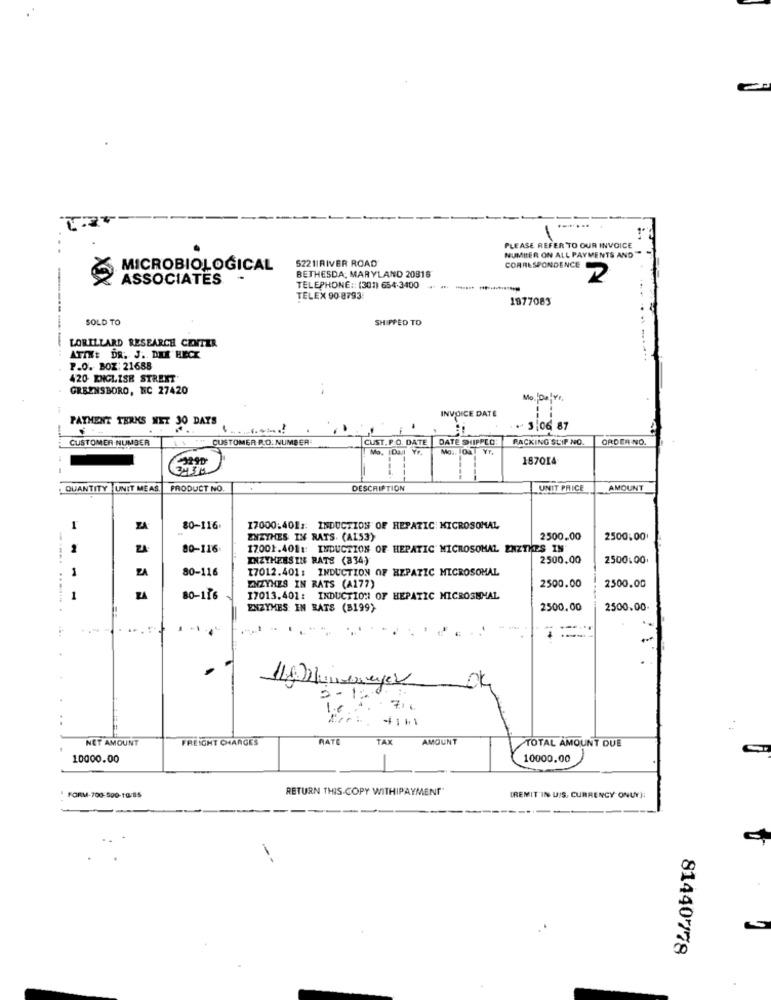
PLEASE REFER TO OUR INVOICE
5221|RIVER ROAD
NUMITER ON ALL PAYMENTS AND
MICROBIOLOGICAL
CORRESPONDENCE
XIX
ASSOCIATES
BETHESDA, MARYLAND 20816
2
TELEPHONE :: (301) 654-3400
-----
TELEX 90-8793
1877083
SOLD TO
SHIPPED TO
-----
LORILLARD RESEARCH CENTER
ATTN: DR. J. DIE HECK
P.O. BOZ: 21688
420- ENGLISH STREET
GREENSBORO, NC 27420
Mo. Dalvr,
INVOICE DATE
PAYMENT TERMS MET 30 DAYS
3/06 87
CUSTOMER NUMBER
$\ ""CUSTOMER P.O. NUMBER
CUST. P.O. DATE
DATE SHIPPLO:
PACKING SLIP NO.
ORDER NO.
Mo. Dad Y7.
187014
QUANTITY UNIT MEAS. PRODUCT NO.
DESCRIPTION
UNIT PRICE
AMOUNT
80-116.
17000.401 :: INDUCTION OF HEPATIC: MICROSOMAL
ENZYMES IN RATS. (ALS3)
2500.00
2500:00
80-116
17001.401 :: INDUCTION OF HEPATIC MICROSOMAL ENZTHES IN
----..
INZYHERSIN RATE (834)
2500.00
2500.00
ZA
80-116
17012.401: INDUCTION OF HEPATIC MICROSOMAL
ENZYMES IN RATS (A177)
2500.00
2500.00
----
80-116
17013.401 : INDUCTION OF HEPATIC MICROSEMAL
ENZYMES IN BATS (B199)
2500.00
2500.00
5 - 12
1.6
7:0
Err: 41M1
NET AMOUNT
FREIGHT CHARGES
RATE
TAX
AMOUNT
TOTAL AMOUNT DUE
10000.00
10000.00
1
RETURN THIS COPY WITHIPAYMENT"
FORM-700-590-10/85
(REMIT'IN UIS, CURRENCY ONUY]:
81440778